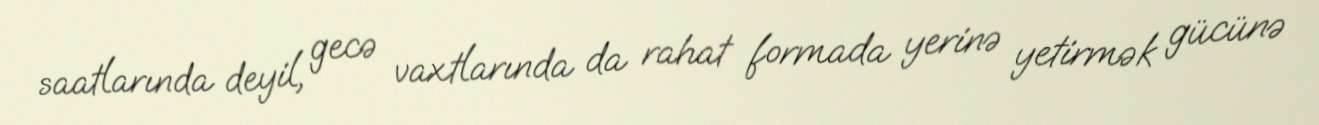
saatlarında deyil, gecə vaxtlarında da rahat formada yerinə yetirmək gücünə